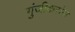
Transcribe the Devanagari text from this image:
गुंजीकरांना